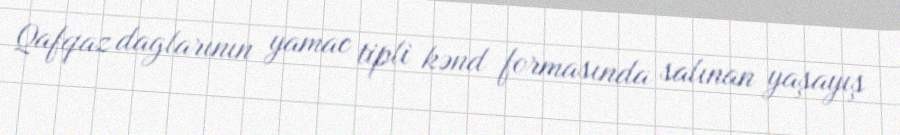
Qafqaz daglarının yamac tipli kənd formasında salınan yaşayış